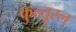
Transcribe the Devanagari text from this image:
कुल्तूरल